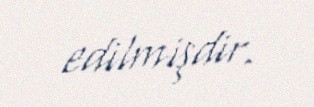
edilmişdir.